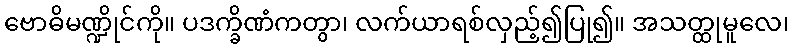
ဗောဓိမဏ္ဍိုင်ကို။ ပဒက္ခိဏံကတွာ၊ လက်ယာရစ်လှည့်၍ပြု၍။ အသတ္ထုမူလေ၊